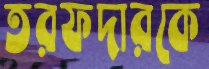
তরফদারকে